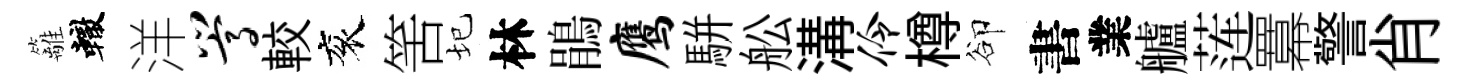
籬轍洋嵩較衮筈圮林鵑鹰駢舩溝伶樽卻書業艫莲羃警肖